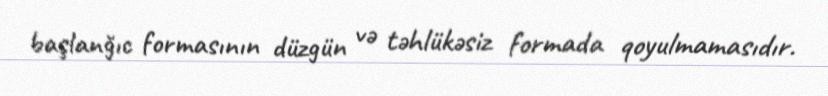
başlanğıc formasının düzgün və təhlükəsiz formada qoyulmamasıdır.